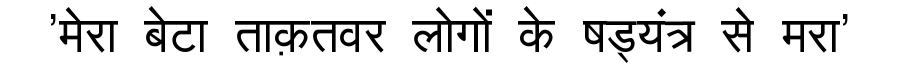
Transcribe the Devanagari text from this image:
'मेरा बेटा ताक़तवर लोगों के षड्यंत्र से मरा'